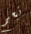
نعم